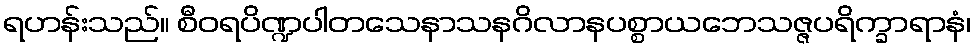
ရဟန်းသည်။ စီဝရပိဏ္ဍပါတသေနာသနဂိလာနပစ္စာယဘေသဇ္ဇပရိက္ခာရာနံ၊